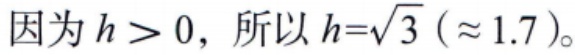
因为\(h > 0\)，所以\(h=\sqrt{3}\ (\approx 1.7)\)。